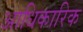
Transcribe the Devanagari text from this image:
अाधिकारिक